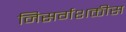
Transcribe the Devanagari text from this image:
निसर्गशक्तीस